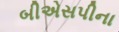
બીએસપીના